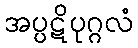
အပ္ပဋိပုဂ္ဂလံ